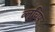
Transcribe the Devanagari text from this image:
ब्लूचिप